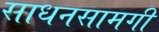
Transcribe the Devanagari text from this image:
साधनसामगी